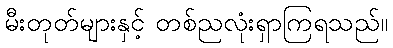
မီးတုတ်များနှင့် တစ်ညလုံးရှာကြရသည်။